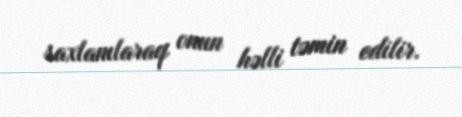
saxlanılaraq onun həlli təmin edilir.